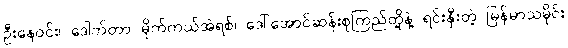
ဦးနေဝင်း၊ ဒေါက်တာ မိုက်ကယ်အဲရစ်၊ ဒေါ်အောင်ဆန်းစုကြည်တို့နဲ့ ရင်းနှီးတဲ့ မြန်မာသမိုင်း